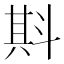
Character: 㪸